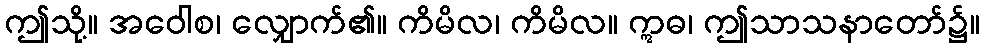
ဤသို့။ အဝေါစ၊ လျှောက်၏။ ကိမိလ၊ ကိမိလ။ ဣဓ၊ ဤသာသနာတော်၌။